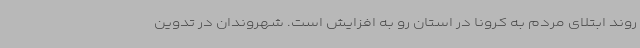
روند ابتلای مردم به کرونا در استان رو به افزایش است. شهروندان در تدوین